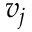
v _ { j }